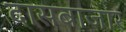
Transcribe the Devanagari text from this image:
दासबाजार